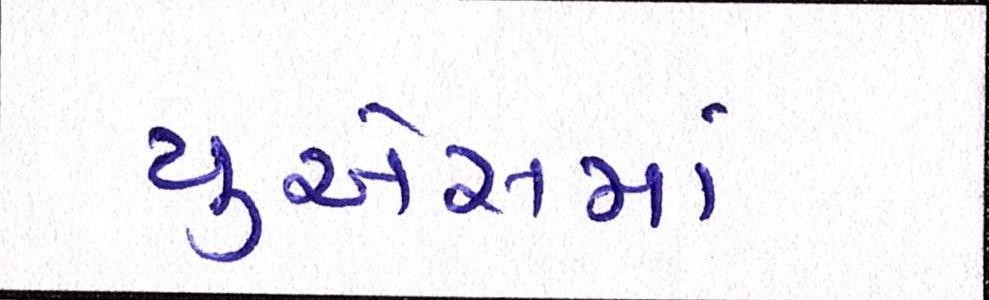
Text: યુએસમાં